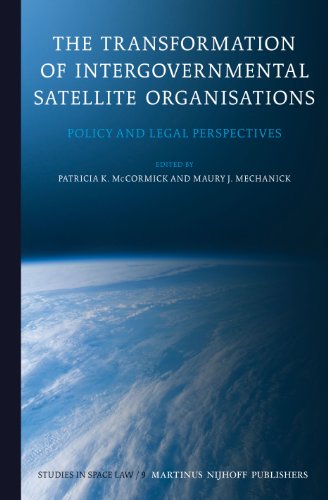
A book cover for The Transformation of Intergovernmental Satellite Organisations: Policy and Legal Perspectives (Studies in Space Law); Law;